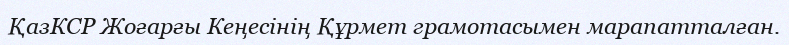
ҚазКСР Жоғарғы Кеңесінің Құрмет грамотасымен марапатталған.